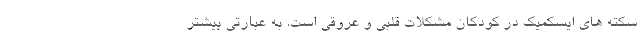
سکته های ایسکمیک در کودکان مشکلات قلبی و عروقی است. به عبارتی بیشتر